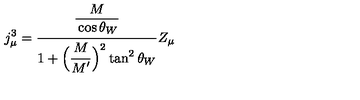
j _ { \mu } ^ { 3 } = \frac { \frac { \strut \displaystyle M } { \strut \displaystyle \cos \theta _ { W } } } { 1 + \strut \displaystyle \Bigl ( \frac { \strut \displaystyle M } { \strut \displaystyle M ^ { \prime } } \Bigr ) ^ { 2 } \tan ^ { 2 } \theta _ { W } } Z _ { \mu }